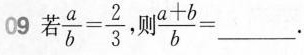
09若 $$\frac { a } { b } = \frac { 2 } { 3 }$$ 则 $$\frac { a + b } { b } = ___$$。